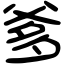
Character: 爹